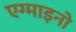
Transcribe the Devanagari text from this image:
एग्माइनो